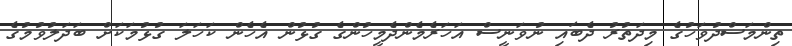
ތިންމަސްދުވަހުގެ މިދަތުރު ދެބައި ނުވަނީސް އަހަރެމެންދެމީހުންގެ ގުޅުން އެހެން ކަހަލަ ގުޅުމަކަށް ބަދަލުވުމުގެ